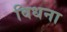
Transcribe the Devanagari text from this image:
विधना